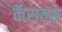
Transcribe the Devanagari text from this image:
कॅसल्स